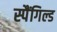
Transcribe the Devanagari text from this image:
स्पैंगिल्ड